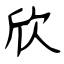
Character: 欣